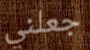
جعلني